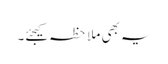
یہ بھی ملاحظہ کیجئے۔